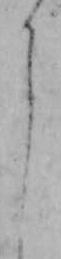
よ